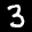
Label: 3